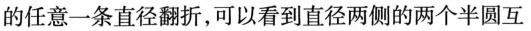
的任意一条直径翻折，可以看到直径两侧的两个半圆互